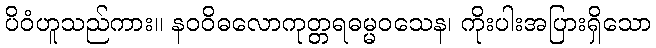
ပိဝံဟူသည်ကား။ နဝဝိဓလောကုတ္တရဓမ္မဝသေန၊ ကိုးပါးအပြားရှိသော